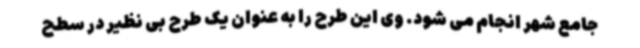
جامع شهر انجام می شود. وی این طرح را به عنوان یک طرح بی نظیر در سطح